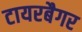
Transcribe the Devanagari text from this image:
टायरबैगर